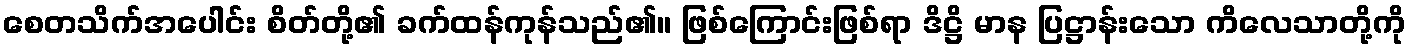
စေတသိက်အပေါင်း စိတ်တို့၏ ခက်ထန်ကုန်သည်၏။ ဖြစ်ကြောင်းဖြစ်ရာ ဒိဋ္ဌိ မာန ပြဋ္ဌာန်းသော ကိလေသာတို့ကို